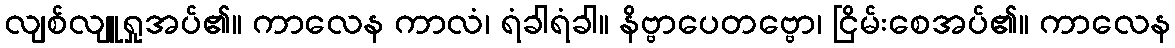
လျစ်လျူရှုအပ်၏။ ကာလေန ကာလံ၊ ရံခါရံခါ။ နိဗ္ဗာပေတဗ္ဗော၊ ငြိမ်းစေအပ်၏။ ကာလေန